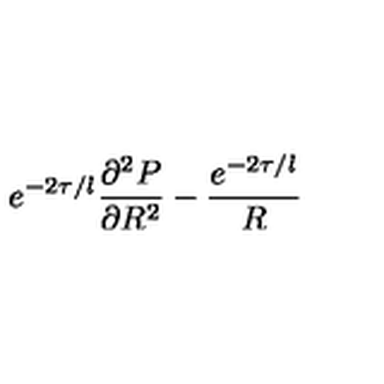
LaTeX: e ^ { - 2 \tau / l } \frac { \partial ^ { 2 } P } { \partial R ^ { 2 } } - \frac { e ^ { - 2 \tau / l } } { R }